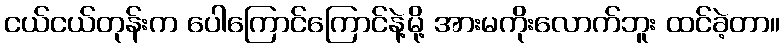
ငယ်ငယ်တုန်းက ပေါကြောင်ကြောင်နဲ့မို့ အားမကိုးလောက်ဘူး ထင်ခဲ့တာ။